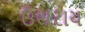
ઉભરાય